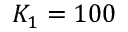
K _ { 1 } = 1 0 0